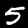
Digit: 5